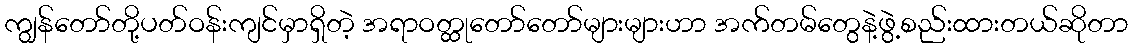
ကျွန်တော်တို့ပတ်ဝန်းကျင်မှာရှိတဲ့ အရာဝတ္ထုတော်တော်များများဟာ အက်တမ်တွေနဲ့ဖွဲ့စည်းထားတယ်ဆိုတာ